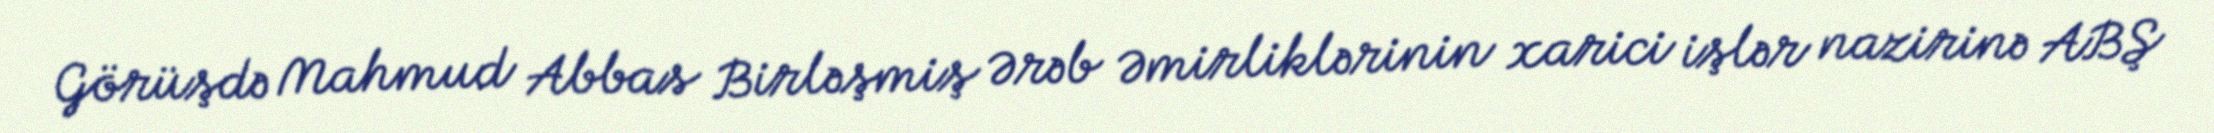
Görüşdə Mahmud Abbas Birləşmiş Ərəb Əmirliklərinin xarici işlər nazirinə ABŞ